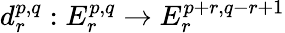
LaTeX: d_{r}^{p,q}:E_{r}^{p,q}\rightarrow E_{r}^{p+r,q-r+1}